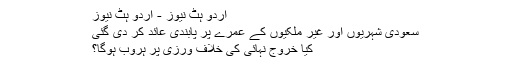
اردو ہٹ نیوز - اردو ہٹ نیوز
سعودی شہریوں اور غیر ملکیوں کے عمرے پر پابندی عائد کر دی گئی
کیا خروج نہائی کی خلاف ورزی پر ہروب ہوگا؟